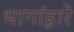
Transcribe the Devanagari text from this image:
भागांद्वारे